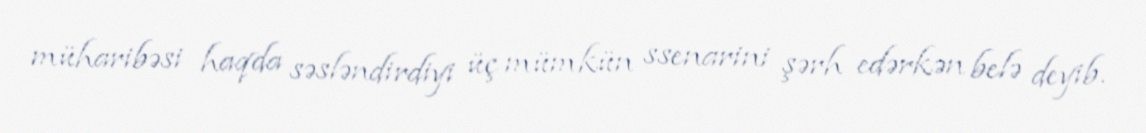
müharibəsi haqda səsləndirdiyi üç mümkün ssenarini şərh edərkən belə deyib.